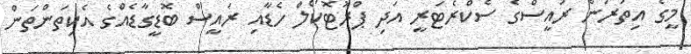
މީގެ އިތުރުން ރައީސްގެ ސެކްރެޓަރީ އަދި ޕްރޮޓޮކޯލް ހެޑާއި ރައީސް ބޮޑީގާޑެއްގެ އެކިތަންތަން